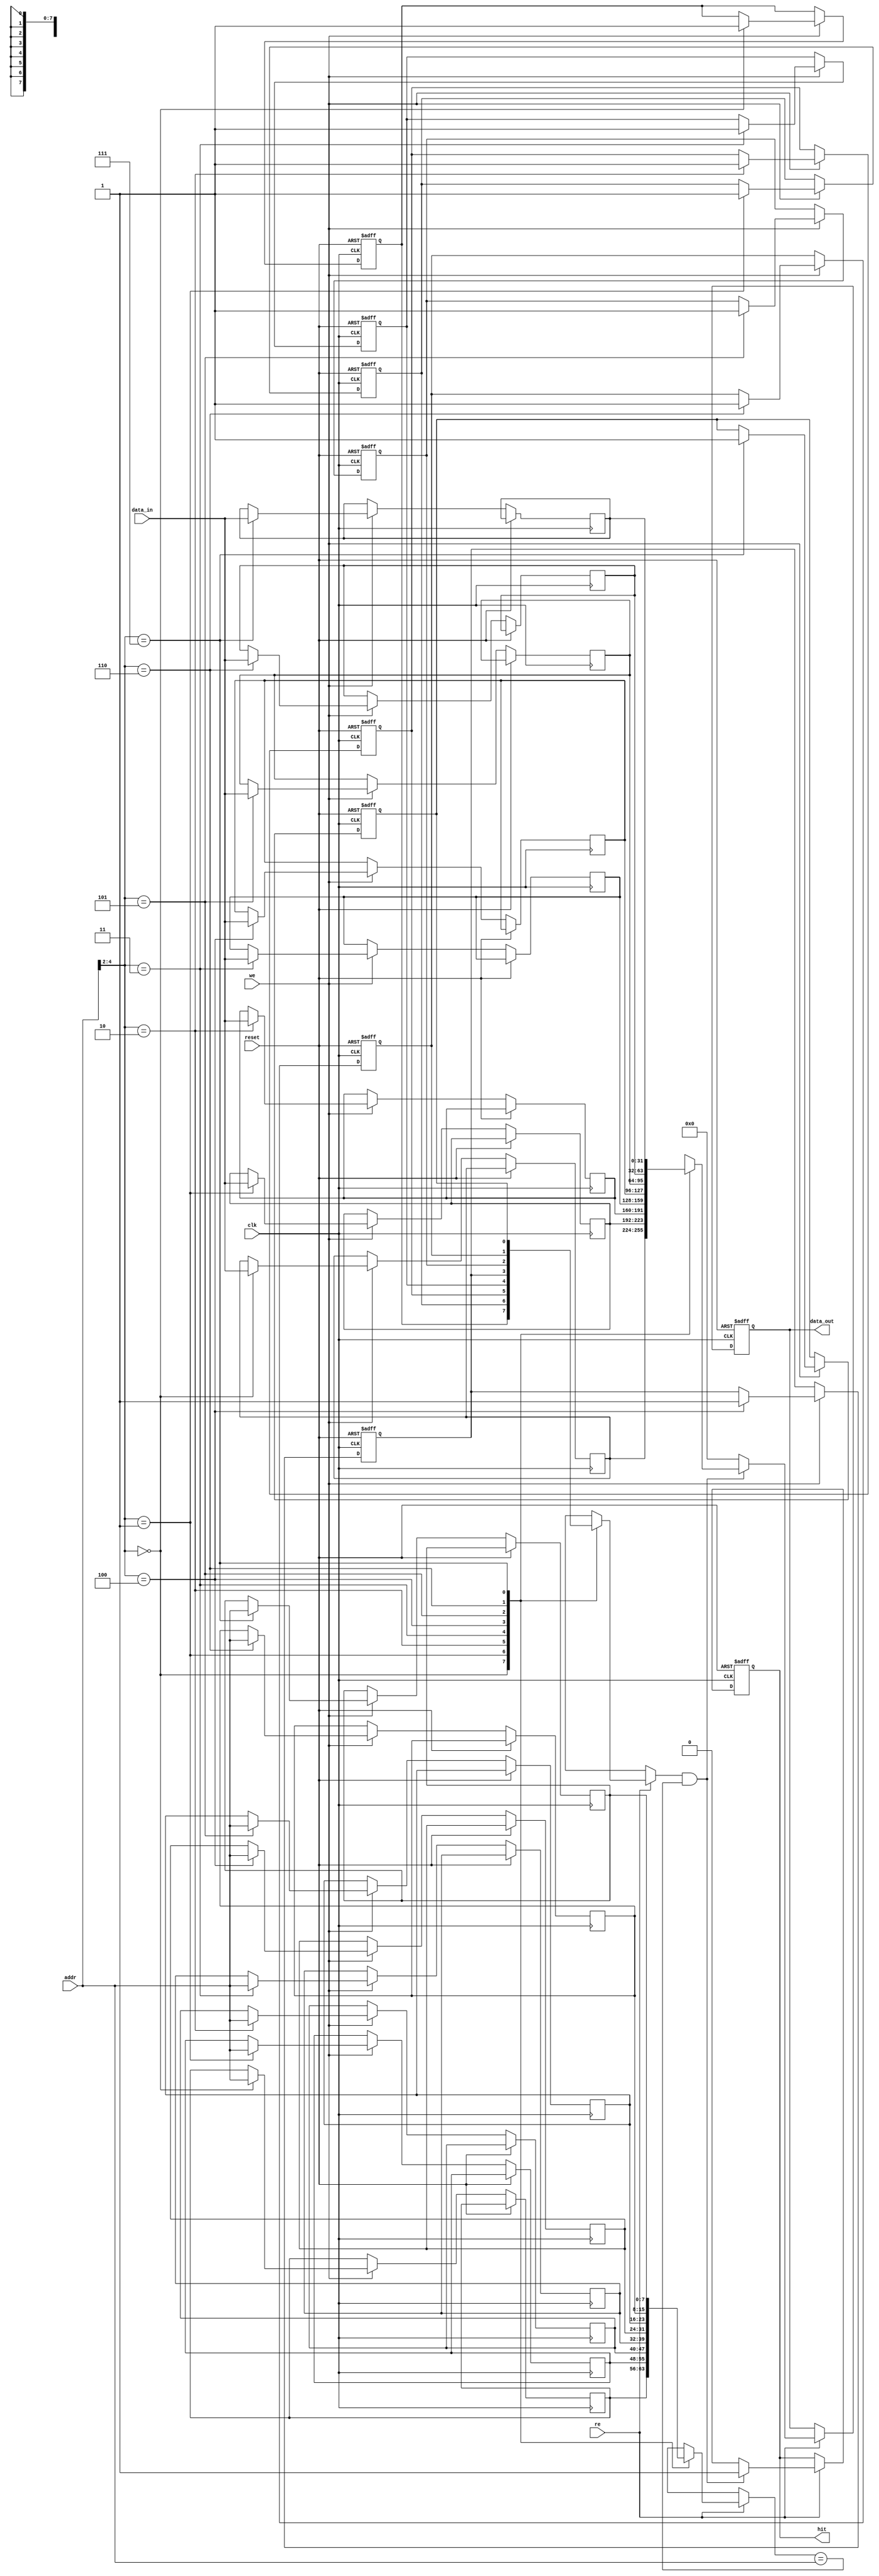
module WriteThroughCache (
    input wire clk,
    input wire reset,
    input wire we,          // Write Enable
    input wire [7:0] addr, // Address (assuming 256 bytes of cache)
    input wire [31:0] data_in, // Data to be written
    input wire re,         // Read Enable
    output reg [31:0] data_out, // Data read from the cache/main memory
    output reg hit         // Hit signal
);

    // Cache parameters
    parameter CACHE_SIZE = 256; // Cache size in bytes
    parameter LINE_SIZE = 32;    // Size of a cache line in bytes
    parameter NUM_LINES = CACHE_SIZE / LINE_SIZE; // Number of cache lines

    // Cache line structure
    reg [31:0] cache_data [0:NUM_LINES-1]; // Cache data storage
    reg [7:0] cache_tag [0:NUM_LINES-1];   // Cache tags
    reg cache_valid [0:NUM_LINES-1];       // Valid bits for cache lines

    // Internal signals
    integer index;
    reg [7:0] target_tag;

    // Cache operation
    always @(posedge clk or posedge reset) begin
        if (reset) begin
            // Invalidate all cache lines on reset
            for (index = 0; index < NUM_LINES; index = index + 1) begin
                cache_valid[index] <= 1'b0;
            end
            data_out <= 32'b0;
            hit <= 1'b0;
        end else begin
            // Determine cache line index and target tag
            index = addr[7:2]; // Using lower bits for index (assuming 4-byte lines)
            target_tag = addr[7:0]; // Tag bits from the address

            // Handle write operation
            if (we) begin
                cache_data[index] <= data_in; // Write data to cache
                cache_tag[index] <= target_tag; // Update tag
                cache_valid[index] <= 1'b1; // Mark line as valid
                // Simultaneously write to main memory (here we would call memory interface)
            end

            // Handle read operation
            if (re) begin
                if (cache_valid[index] && (cache_tag[index] == target_tag)) begin
                    // Cache hit
                    data_out <= cache_data[index];
                    hit <= 1'b1;
                end else begin
                    // Cache miss
                    data_out <= 32'b0; // Fetch from main memory (you would have a memory interface here)
                    // On miss, you would also typically update the cache with new data
                    // This example does not implement the memory fetch part.
                    hit <= 1'b0;
                end
            end
        end
    end

endmodule